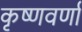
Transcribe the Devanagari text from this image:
कृष्णवर्णा